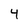
Character: 4